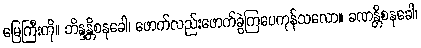
မြေကြီးကို။ ဘိန္ဒန္တိစနုခေါ၊ ဖောက်လည်းဖောက်ခွဲကြပေကုန်သလော။ ခဏန္တိစနုခေါ၊